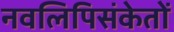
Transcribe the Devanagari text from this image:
नवलिपिसंकेतों